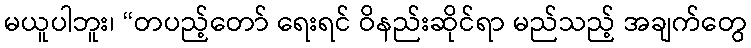
မယူပါဘူး၊ “တပည့်တော် ရေးရင် ဝိနည်းဆိုင်ရာ မည်သည့် အချက်တွေ